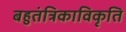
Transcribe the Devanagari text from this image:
बहुतंत्रिकाविकृति